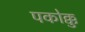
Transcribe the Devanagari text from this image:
पकोक्कु